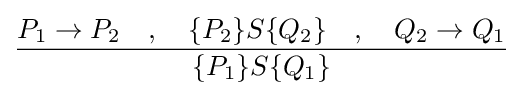
{\dfrac {P_{1}\rightarrow P_{2}\quad ,\quad \{P_{2}\}S\{Q_{2}\}\quad ,\quad Q_{2}\rightarrow Q_{1}}{\{P_{1}\}S\{Q_{1}\}}}